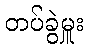
တပ်ခွဲမှူး